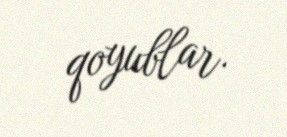
qoyublar.